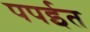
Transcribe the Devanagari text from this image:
पपईत